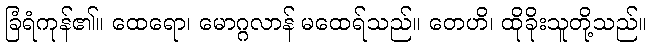
ခြံရံကုန်၏။ ထေရော၊ မောဂ္ဂလာန် မထေရ်သည်။ တေဟိ၊ ထိုခိုးသူတို့သည်။